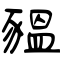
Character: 豱